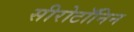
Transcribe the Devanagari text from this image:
सीरोटॉनिन